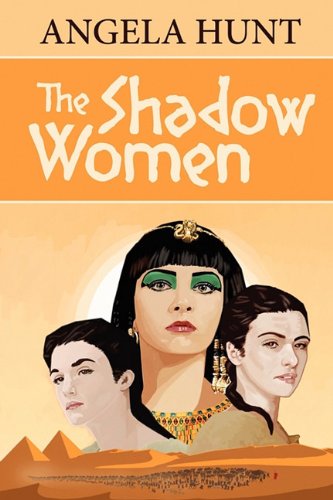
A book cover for The Shadow Women; Angela Hunt; Christian Books & Bibles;